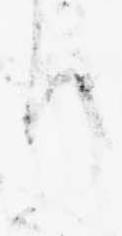
り